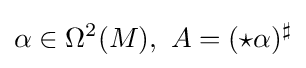
\alpha \in \Omega ^{2}(M),\ A=({\star }\alpha )^{\sharp }